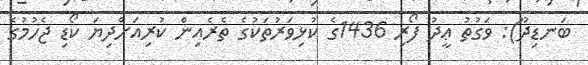
ބަނޑިދޫ): ވަގުތު ޢީދު ފޯރި 1436ގެ ކުޅިވަރުތަކުގެ ތެރެއިން ކުރިއަށްދިޔަ ކޯޑި ޖެހުމުގެ